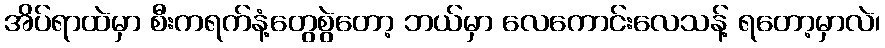
အိပ်ရာထဲမှာ စီးကရက်နံ့တွေစွဲတော့ ဘယ်မှာ လေကောင်းလေသန့် ရတော့မှာလဲ၊